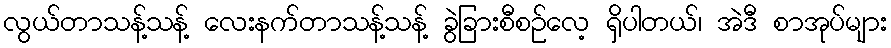
လွယ်တာသန့်သန့် လေးနက်တာသန့်သန့် ခွဲခြားစီစဉ်လေ့ ရှိပါတယ်၊ အဲဒီ စာအုပ်များ